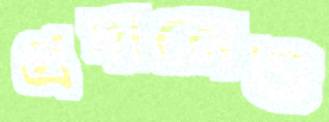
প্রদানেও